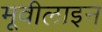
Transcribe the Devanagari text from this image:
मूवीलाइन